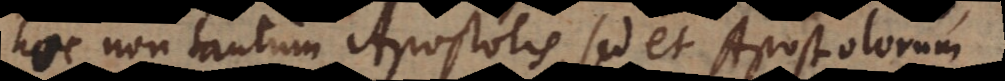
hoc non tantum Apostolis, sed et Apostolorum